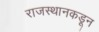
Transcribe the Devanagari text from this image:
राजस्थानकडून